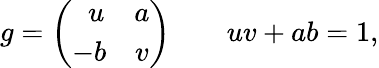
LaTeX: g=\left(\begin{array}{cc}{{\ \ u}}&{{a}}\\ {{-b}}&{{v}}\end{array}\right)\qquad uv+ab=1,